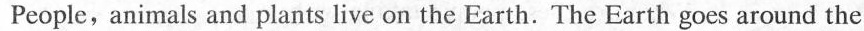
People,animals and plants live on the Earth. The Earth goes around the